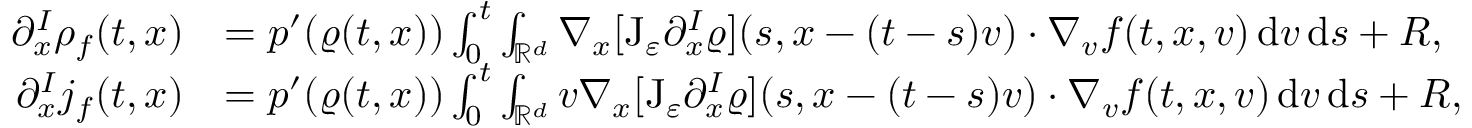
\begin{array} { r l } { \partial _ { x } ^ { I } \rho _ { f } ( t , x ) } & { = p ^ { \prime } ( \varrho ( t , x ) ) \int _ { 0 } ^ { t } \int _ { \mathbb R ^ { d } } \nabla _ { x } [ \mathrm { J } _ { \varepsilon } \partial _ { x } ^ { I } \varrho ] ( s , x - ( t - s ) v ) \cdot \nabla _ { v } f ( t , x , v ) \, \mathrm { d } v \, \mathrm { d } s + R , } \\ { \partial _ { x } ^ { I } j _ { f } ( t , x ) } & { = p ^ { \prime } ( \varrho ( t , x ) ) \int _ { 0 } ^ { t } \int _ { \mathbb R ^ { d } } v \nabla _ { x } [ \mathrm { J } _ { \varepsilon } \partial _ { x } ^ { I } \varrho ] ( s , x - ( t - s ) v ) \cdot \nabla _ { v } f ( t , x , v ) \, \mathrm { d } v \, \mathrm { d } s + R , } \end{array}